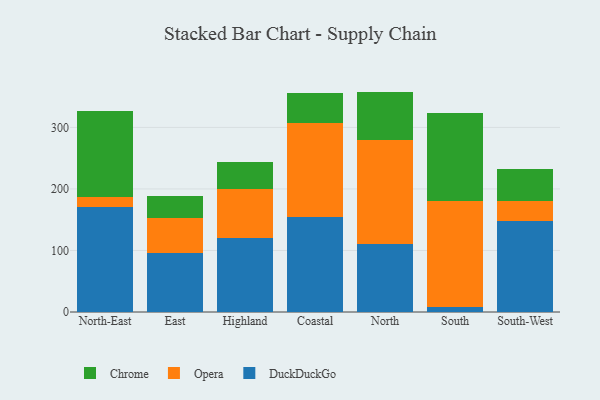
{"axis": {"x": "Region", "y": "Headcount"}, "legend": ["Chrome", "DuckDuckGo", "Opera"], "data": [{"x": "North-East", "y": 171.3, "type": "DuckDuckGo"}, {"x": "North-East", "y": 16.0, "type": "Opera"}, {"x": "North-East", "y": 139.3, "type": "Chrome"}, {"x": "East", "y": 95.2, "type": "DuckDuckGo"}, {"x": "East", "y": 56.9, "type": "Opera"}, {"x": "East", "y": 36.8, "type": "Chrome"}, {"x": "Highland", "y": 120.6, "type": "DuckDuckGo"}, {"x": "Highland", "y": 79.0, "type": "Opera"}, {"x": "Highland", "y": 43.7, "type": "Chrome"}, {"x": "Coastal", "y": 154.0, "type": "DuckDuckGo"}, {"x": "Coastal", "y": 152.4, "type": "Opera"}, {"x": "Coastal", "y": 49.3, "type": "Chrome"}, {"x": "North", "y": 110.7, "type": "DuckDuckGo"}, {"x": "North", "y": 169.3, "type": "Opera"}, {"x": "North", "y": 78.2, "type": "Chrome"}, {"x": "South", "y": 7.5, "type": "DuckDuckGo"}, {"x": "South", "y": 173.2, "type": "Opera"}, {"x": "South", "y": 143.5, "type": "Chrome"}, {"x": "South-West", "y": 148.7, "type": "DuckDuckGo"}, {"x": "South-West", "y": 30.9, "type": "Opera"}, {"x": "South-West", "y": 52.8, "type": "Chrome"}]}